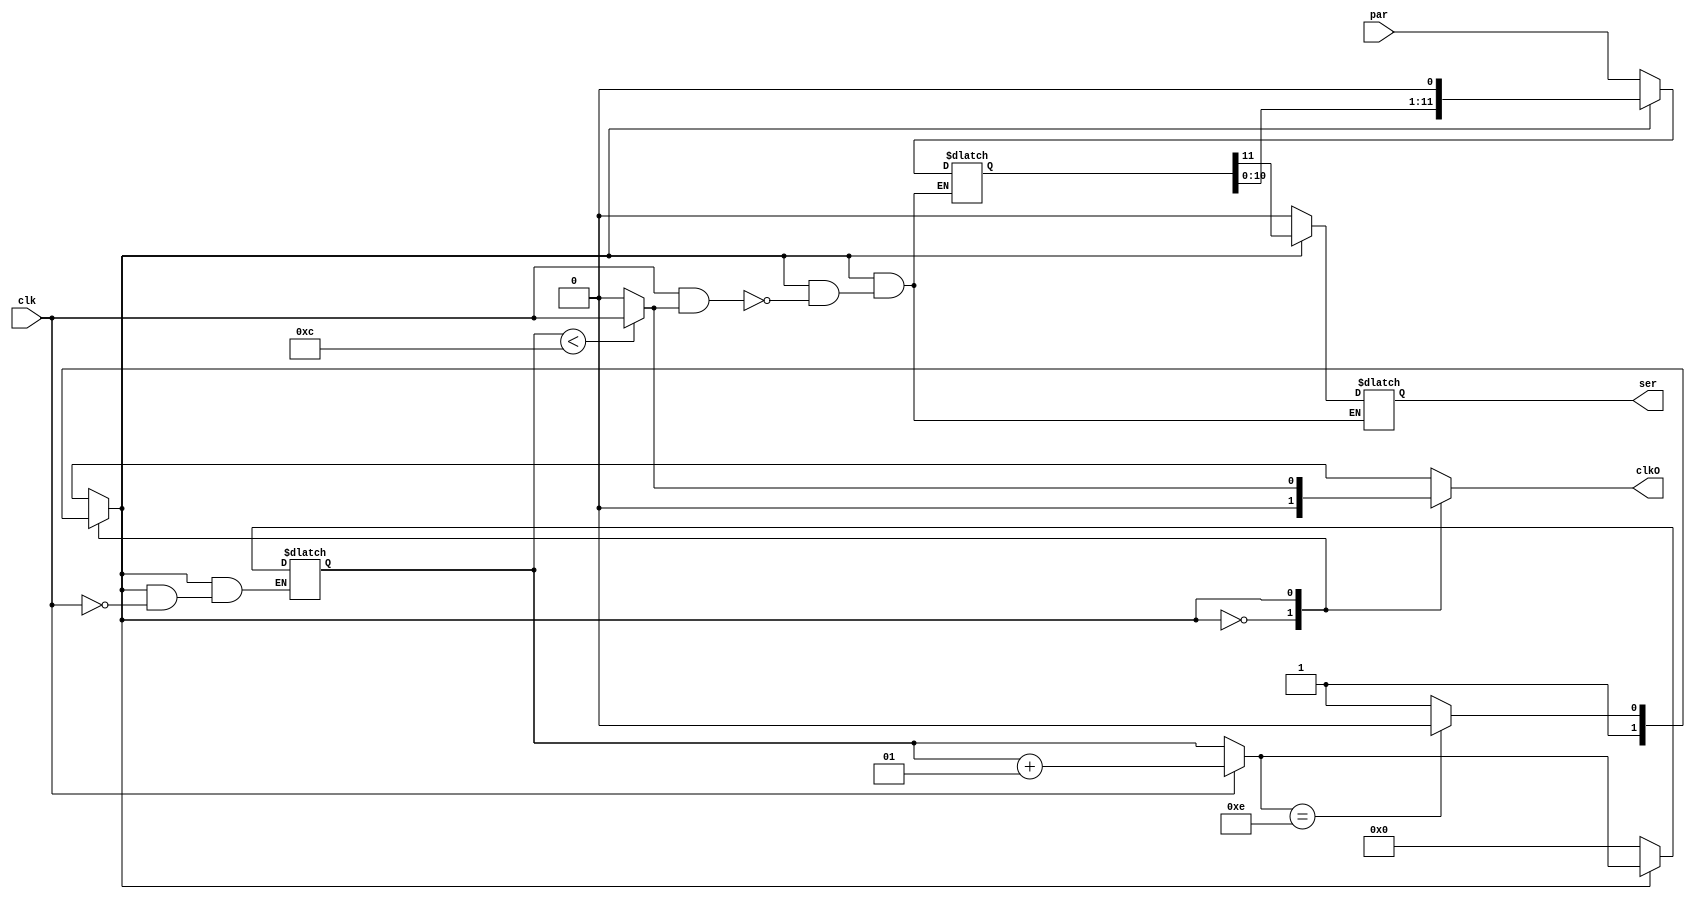
`timescale 1ns / 1ps

/**
 Author: Liam Crowley
 Date: 10/23/2023 08:14:02 PM
 Serial Output for DDS Algorith
 INPUTS: Waveform
 OUTPUTS: Serial value of waveform
 PARAMETERS: Input waveform width

 Takes waveform input, uses state machine to transfer into shift register then shifts towards MSB to output serial value
 */
//////WORK IN PROGRESS
//////DOOOOII STATE MACHINE
module serializer
  #(
    parameter m=12
    )
    (
     input [m-1:0] par,
     output reg    ser,
     input         clk,
     output reg    clkO
     );
    reg [m-1:0]    shift;
    localparam     s1 = 1'b0,s2=1'b1;//s1 = parallel load, s2 = shift out
    reg            cState,nState;
    integer        i;
    initial begin
        cState = 0;
        nState = 0;
        shift = 0;
        i = 0;
        //ser = 0;
        clkO =0;
    end
    //    always @(posedge clk)
    //    begin
    //        cState <= nState;
    //        if(cState)
    //            shift = shift<<1;
    //    end
    always @(clk)
      begin
          cState = nState;
          //nState = cState;
          case(cState)
            s1:begin
                shift = par;
                i=0;
                clkO = 0;
                ser = 0;
                nState = s2;
            end
            s2:begin
                if(i<m) clkO=clk;
                else clkO=0;
                if(clk) i=i+1;
                if(clk&clkO) begin
                    ser = shift[m-1];
                    shift = shift<<1;
                end
                //else ser=0;
                if(i==14) nState = s1;
                
                //                if(clkO) begin 
                //                    ser = shift[m-1];
                //                    shift = shift<<1;
                //                    i = i+1;
                //                end
                //                if (i<m) clkO=clk;
                //                if(i==14) nState = s1;
                else nState = s2;
            end
          endcase
      end
endmodule